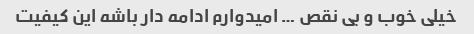
خیلی خوب و بی نقص … امیدوارم ادامه دار باشه این کیفیت